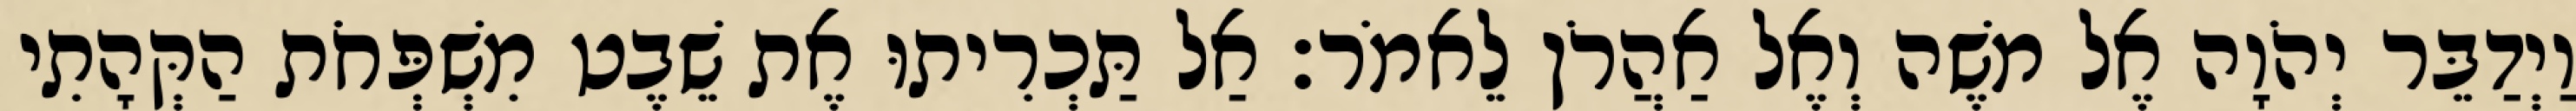
וַיְדַבֵּר יְהֹוָה אֶל משֶׁה וְאֶל אַהֲרֹן לֵאמֹר׃ אַל תַּכְרִיתוּ אֶת שֵׁבֶט מִשְׁפְּחֹת הַקְּהָתִי